Scottish Leaving Certificate Examination, 1957
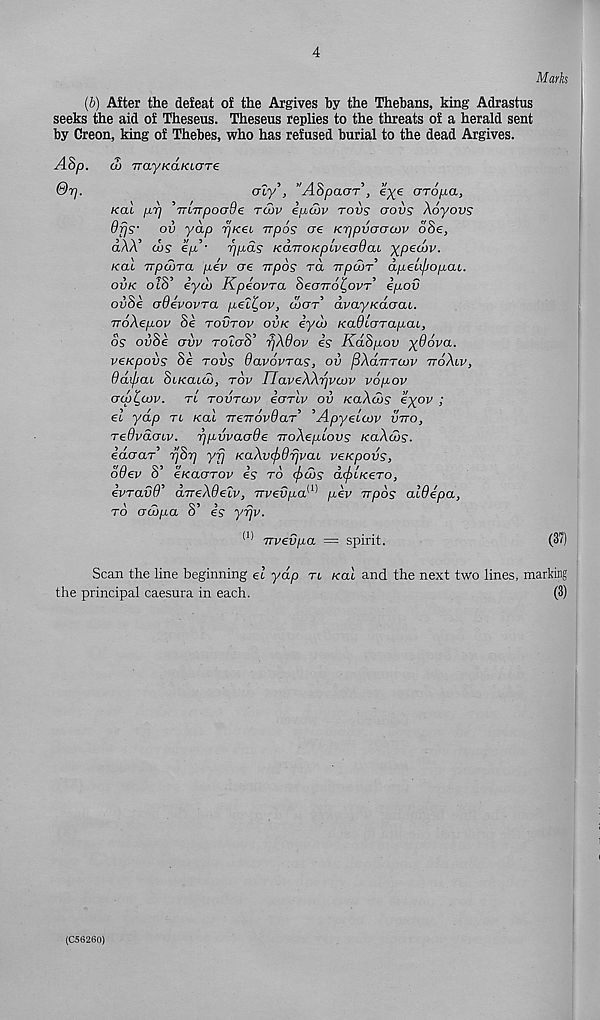
4
Marks
(b) After the defeat of the Argives by the Thebans, king Adrastus
seeks the aid of Theseus. Theseus replies to the threats of a herald sent
by Creon, king of Thebes, who has refused burial to the dead Argives.
A8p.
&Tj.
co rrayKCLKiaTe
cny , Aopaar , eye arofxa,
pr] 'iTLTrpoode rtuv iptbv tovs crovs Xoyovs
ov yap r/Kei irpos ere Krjpvaacov oSe,
co? ep.’- rjpds KanoKpiveadaL ypedbv.
9fjs-
dAA’
Kal TrpajTa pev ere rrpos to. irpcoT dpeiijjopai.
ovk oio eyoj JXpeovra oeaTro^ovr e/iov
ov8e erdevovTa pell,ov, loot dvayKaerac.
iroXepov 8e rovrov ovk eyco KerfUcrTapcu,
os ov8e ervv tocctS’ TjXOov is Kd8pov yOova.
veKpovs 8e tovs Oavovras, ov ^Xoltttcov ttoXlv,
Odipai St/catco, tov UaveXXTjvoDV vopov
crcpt,cov. tl tovtcvv iorlv ov KaXcbs eyov /
el yap tl Kal TreTrovQaA ’Apyecarv vtto,
Tedvaenv. rjpvvaaOe rroXepLovs KaXcvs.
edcrar’ rjSr] yfj KaXv<f)drjvaL veKpovs,
0(761/ O eKCLGTOV 6? TO (pCOS a<pLK€TO,
ivTavO’ CLTreXQelv, irvevpa m pev npos aldepa,
to crcbpa 8’ e? yfjv.
W Trvevpa = spirit.
(37)
Scan the line beginning el yap tl kol and the next two lines, marking
the principal caesura in each.
(3)
(C56260)